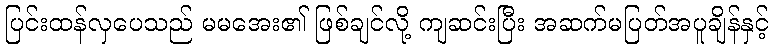
ပြင်းထန်လှပေသည် မမအေး၏ ဖြစ်ချင်လို့ ကျဆင်းပြီး အဆက်မပြတ်အပူချိန်နှင့်